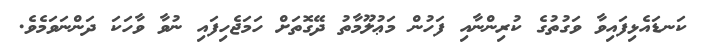
ކަނޑައެޅިފައިވާ ވަގުތުގެ ކުރިންނާއި ފަހުން މަޢުލޫމާތު ދޭގޮތަށް ހަމަޖެހިފައި ނުވާ ވާހަކަ ދަންނަވަމެވެ.